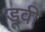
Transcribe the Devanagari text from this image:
डूवी